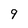
Character: 9